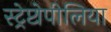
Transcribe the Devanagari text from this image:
स्ट्रेप्टोपीलिया